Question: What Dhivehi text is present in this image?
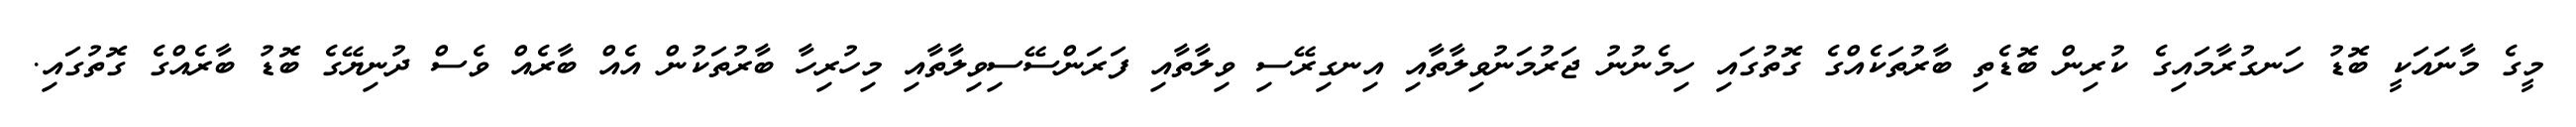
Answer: މީގެ މާނައަކީ ބޮޑު ހަނގުރާމައިގެ ކުރިން ބޮޑެތި ބާރުތަކެއްގެ ގޮތުގައި ހިމެނުނު ޖަރުމަނުވިލާތާއި އިނގިރޭސި ވިލާތާއި ފަރަންސޭސިވިލާތާއި މިހުރިހާ ބާރުތަކުން އެއް ބާރެއް ވެސް ދުނިޔޭގެ ބޮޑު ބާރެއްގެ ގޮތުގައި.